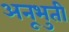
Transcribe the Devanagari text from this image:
अनूभुती